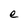
Character: e